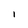
Character: I